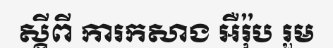
ស្តីពី ការកសាង អឺរ៉ុប រួម